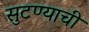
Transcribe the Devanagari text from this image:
सुटण्याची